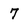
Character: 7